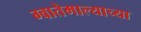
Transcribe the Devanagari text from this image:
ग्वातेमाल्याच्या